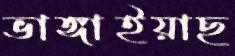
ভাঙ্গাইয়াছ